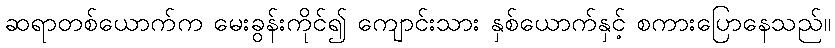
ဆရာတစ်ယောက်က မေးခွန်းကိုင်၍ ကျောင်းသား နှစ်ယောက်နှင့် စကားပြောနေသည်။